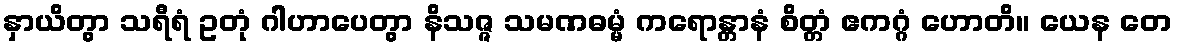
နှာယိတွာ သရီရံ ဥတုံ ဂါဟာပေတွာ နိသဇ္ဇ သမဏဓမ္မံ ကရောန္တာနံ စိတ္တံ ဧကဂ္ဂံ ဟောတိ။ ယေန တေ